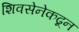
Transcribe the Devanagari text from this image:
शिवसेनेकढून